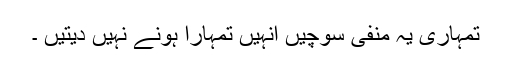
تمہاری یہ منفی سوچیں انہیں تمہارا ہونے نہیں دیتیں ۔